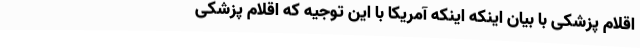
اقلام پزشکی با بیان اینکه اینکه آمریکا با این توجیه که اقلام پزشکی